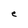
Character: e